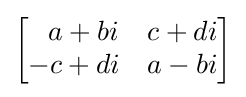
{\begin{bmatrix}~~a+bi&c+di\\-c+di&a-bi\end{bmatrix}}